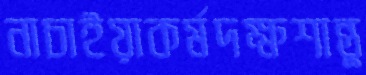
নাচাইয়াকর্মদক্ষশান্তু